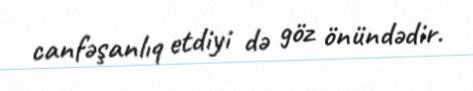
canfəşanlıq etdiyi də göz önündədir.